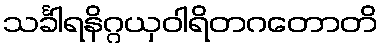
သင်္ခါရနိဂ္ဂယှဝါရိတဂတောတိ